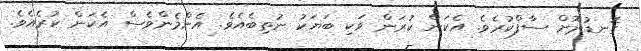
ގޮނޑުދޮށް ސާފްކުރެވެ. އެކަން ކުރަން ވަކި ބަޔަކު ނުތިބެއެވެ. އެންމެންވެސް އެކަން ކުރެއެވެ.